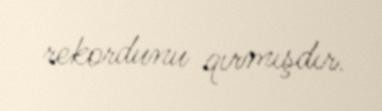
rekordunu qırmışdır.